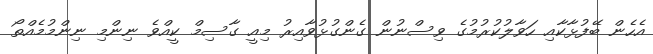
އެހެން ބޭފުޅާކާއި ހަވާލުކުރުމުގެ ވިސްނުން ގެންގުޅުވާއިރު މިއީ ގާސިމް ކީއްވެ ނިންމި ނިންމުމެއްތޯ